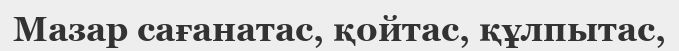
Мазар сағанатас, қойтас, құлпытас,